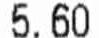
5.60